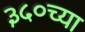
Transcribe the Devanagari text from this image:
३५०च्या